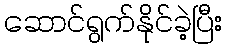
ဆောင်ရွက်နိုင်ခဲ့ပြီး